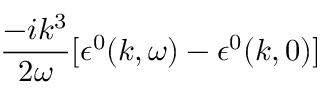
\frac { - i k ^ { 3 } } { 2 \omega } [ \epsilon ^ { 0 } ( k , \omega ) - \epsilon ^ { 0 } ( k , 0 ) ]